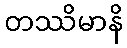
တဿိမာနိ